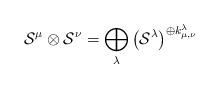
LaTeX: \begin{align*}\mathcal{S}^{\mu} \otimes \mathcal{S}^\nu = \bigoplus_{\lambda} \left( \mathcal{S}^\lambda \right)^{\oplus k_{\mu,\nu}^{\lambda}}\end{align*}